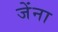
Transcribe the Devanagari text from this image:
जेंना